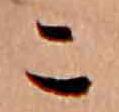
こ